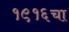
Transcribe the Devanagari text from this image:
१९१६चा